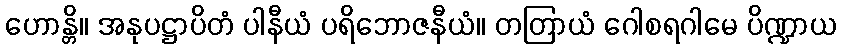
ဟောန္တိ။ အနုပဋ္ဌာပိတံ ပါနီယံ ပရိဘောဇနီယံ။ တတြာယံ ဂေါစရဂါမေ ပိဏ္ဍာယ